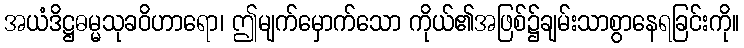
အယံဒိဋ္ဌဓမ္မသုခဝိဟာရော၊ ဤမျက်မှောက်သော ကိုယ်၏အဖြစ်၌ချမ်းသာစွာနေရခြင်းကို။